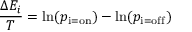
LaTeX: { \frac { \Delta E _ { i } } { T } } = \ln ( p _ { \mathrm { i = o n } } ) - \ln ( p _ { \mathrm { i = o f f } } )